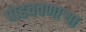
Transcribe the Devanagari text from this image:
पोहचवणाऱ्या